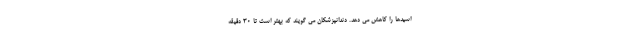
اسیدها را کاهش می دهد. دندانپزشکان می گویند که بهتر است تا ۳۰ دقیقه